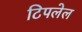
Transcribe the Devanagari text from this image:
टिपलेल